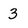
Character: 3